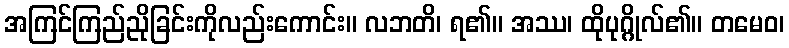
အကြင်ကြည်ညိုခြင်းကိုလည်းကောင်း။ လဘတိ၊ ရ၏။ အဿ၊ ထိုပုဂ္ဂိုလ်၏။ တမေဝ၊